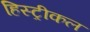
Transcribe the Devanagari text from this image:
हिस्ट्रीकल